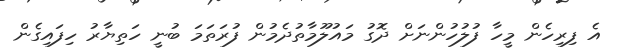
އެ ފިރިހެން މީހާ ފުލުހުންނަށް ދޮގު މައުލޫމާތުދެމުން ފުރަތަަމަ ބުނީ ހަތިޔާރު ހިފައިގެން